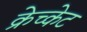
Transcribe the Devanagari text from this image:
क्रेच्केट